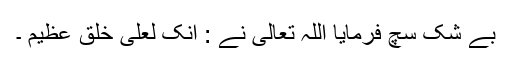
بے شک سچ فرمایا اللہ تعالی نے : اِنَّکَ لَعَلٰی خُلِقٍ عَظِیۡمٍ ۔